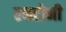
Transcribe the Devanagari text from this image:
एनटोनी